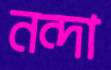
নন্দা